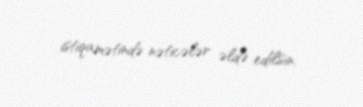
istiqamətində nəticələr əldə edilsin.